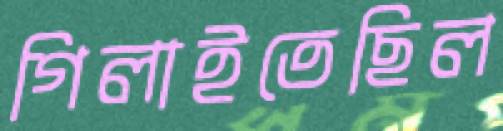
গিলাইতেছিল